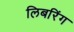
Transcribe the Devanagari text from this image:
लिबरिंग